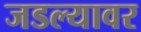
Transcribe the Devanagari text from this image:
जडल्यावर